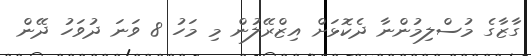
ގާޒާގެ މުސްލިމުންނާ ދެކޮޅަށް އިޒްރޭލުން މި މަހު 8 ވަނަ ދުވަހު ދޭން